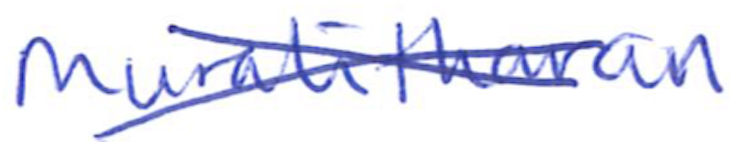
Text: Muralitharan
Cross-out: cross
Writing tool: ballpoint